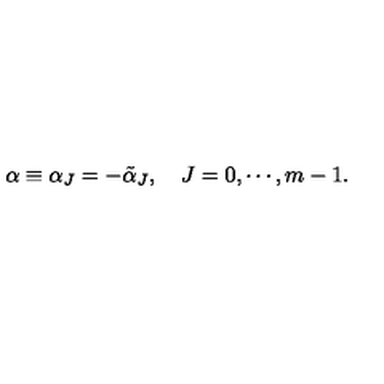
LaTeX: \alpha \equiv \alpha _ { J } = - \tilde { \alpha } _ { J } , \quad J = 0 , \cdots , m - 1 .